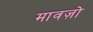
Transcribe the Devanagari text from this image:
मावज़ो